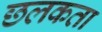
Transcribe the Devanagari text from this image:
छलकता